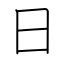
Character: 日